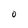
Character: O